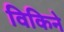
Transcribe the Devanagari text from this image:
विकिने